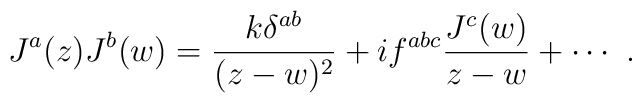
J^a(z)J^b(w)=\frac{k\delta^{ab}}{(z-w)^2}+if^{abc}\frac{J^c(w)}{z-w}   +\cdots~.